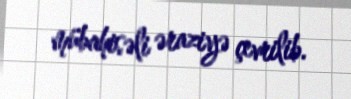
mübahisəli əraziyə çevrilib.